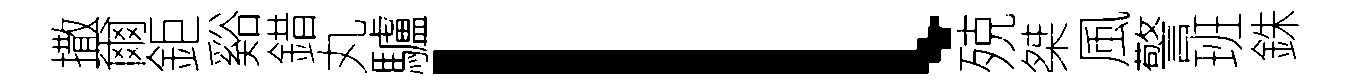
撒爾鉅谿錯丸驢l殑桀風警班銖